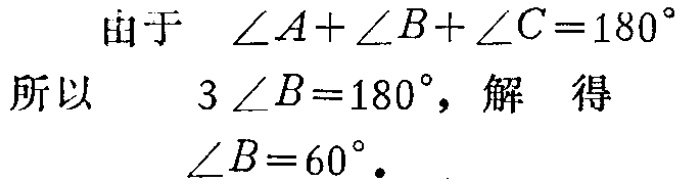
由于 $\angle A+\angle B+\angle C=180^{\circ}$
所以 $\quad 3\angle B = 180^{\circ}$，解 得
$\angle B = 60^{\circ}.$